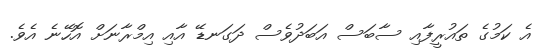
އެ ކަމުގެ ތައުރީފާއި ސާބަސް އަބަދުވެސް ދަގަނޑޭ އާއި އިމްރާނަށް އޮހޭނެ އެވެ.